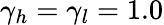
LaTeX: \gamma_{h}=\gamma_{l}=1.0